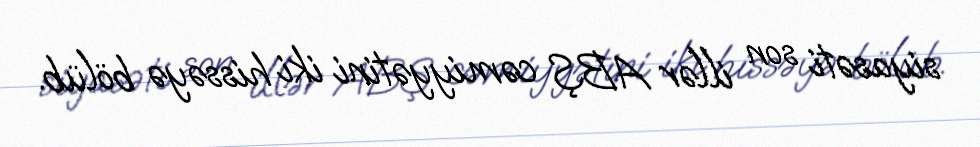
siyasəti son illər ABŞ cəmiyyətini iki hissəyə bölüb.